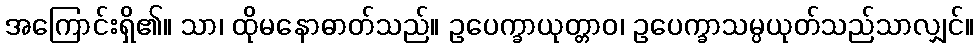
အကြောင်းရှိ၏။ သာ၊ ထိုမနောဓာတ်သည်။ ဥပေက္ခာယုတ္တာဝ၊ ဥပေက္ခာသမ္ပယုတ်သည်သာလျှင်။